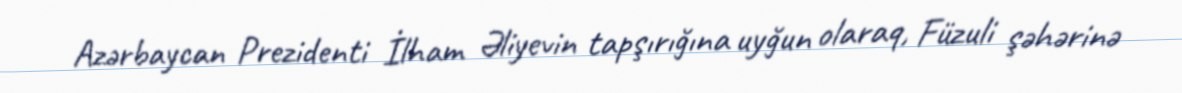
Azərbaycan Prezidenti İlham Əliyevin tapşırığına uyğun olaraq, Füzuli şəhərinə